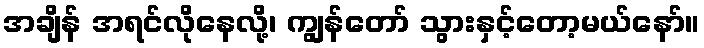
အချိန် အရင်လိုနေလို့၊ ကျွန်တော် သွားနှင့်တော့မယ်နော်။